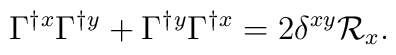
\Gamma^\dagger{}^x \Gamma^\dagger{}^y + \Gamma^\dagger{}^y\Gamma^\dagger{}^x = 2\delta^{xy}\mathcal{R}_x .